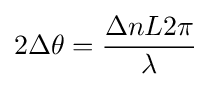
2\Delta \theta ={\frac {\Delta nL2\pi }{\lambda }}